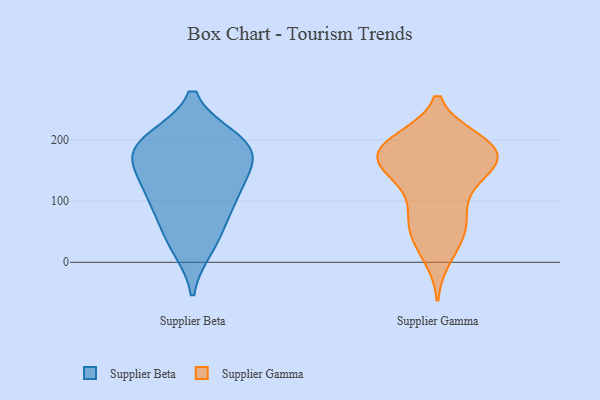
{"axis": {"x": "Tickets Resolved", "y": "Value"}, "legend": ["Supplier Beta", "Supplier Gamma"], "data": [{"x": "", "y": 164, "type": "Supplier Beta"}, {"x": "", "y": 26, "type": "Supplier Beta"}, {"x": "", "y": 199, "type": "Supplier Beta"}, {"x": "", "y": 108, "type": "Supplier Beta"}, {"x": "", "y": 115, "type": "Supplier Beta"}, {"x": "", "y": 46, "type": "Supplier Beta"}, {"x": "", "y": 92, "type": "Supplier Beta"}, {"x": "", "y": 196, "type": "Supplier Beta"}, {"x": "", "y": 184, "type": "Supplier Beta"}, {"x": "", "y": 189, "type": "Supplier Beta"}, {"x": "", "y": 152, "type": "Supplier Beta"}, {"x": "", "y": 165, "type": "Supplier Gamma"}, {"x": "", "y": 198, "type": "Supplier Gamma"}, {"x": "", "y": 182, "type": "Supplier Gamma"}, {"x": "", "y": 32, "type": "Supplier Gamma"}, {"x": "", "y": 183, "type": "Supplier Gamma"}, {"x": "", "y": 10, "type": "Supplier Gamma"}, {"x": "", "y": 119, "type": "Supplier Gamma"}, {"x": "", "y": 187, "type": "Supplier Gamma"}, {"x": "", "y": 62, "type": "Supplier Gamma"}, {"x": "", "y": 89, "type": "Supplier Gamma"}, {"x": "", "y": 55, "type": "Supplier Gamma"}, {"x": "", "y": 197, "type": "Supplier Gamma"}, {"x": "", "y": 199, "type": "Supplier Gamma"}, {"x": "", "y": 153, "type": "Supplier Gamma"}, {"x": "", "y": 152, "type": "Supplier Gamma"}, {"x": "", "y": 148, "type": "Supplier Gamma"}, {"x": "", "y": 68, "type": "Supplier Gamma"}, {"x": "", "y": 159, "type": "Supplier Gamma"}, {"x": "", "y": 178, "type": "Supplier Gamma"}]}